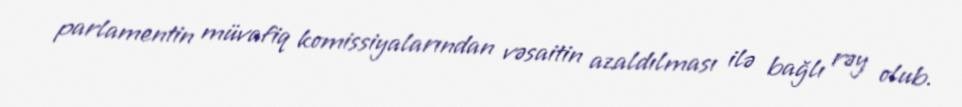
parlamentin müvafiq komissiyalarından vəsaitin azaldılması ilə bağlı rəy olub.